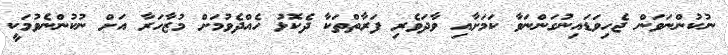
ނުކުންނަވަން ޖެހިވަޑައިނުގަންނަވާ ކަމަށާއި ވާދަވެރި ފަރާތްތަކާ ދެކޮޅު ހެއްދެވުމަށް މުޒާހަރާ އަށް ނުކުންނެވުމަކީ